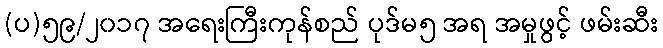
(ပ)၅၉/၂၀၁၇ အရေးကြီးကုန်စည် ပုဒ်မ၅ အရ အမှုဖွင့် ဖမ်းဆီး